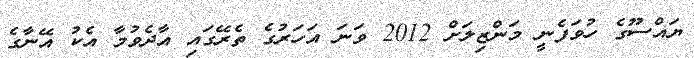
ޔައްސޫގެ ހުވަފެނީ މަންޒިލަށް 2012 ވަނަ އަހަރުގެ ތެރޭގައި އާދެވުމާ އެކު އޭނާގެ